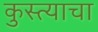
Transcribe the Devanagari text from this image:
कुस्त्याचा